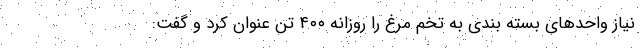
نیاز واحدهای بسته بندی به تخم مرغ را روزانه ۴۰۰ تن عنوان کرد و گفت: